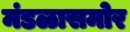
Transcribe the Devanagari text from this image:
मंडळासमोर